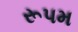
રૂપમ